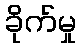
ခိုက်မှု